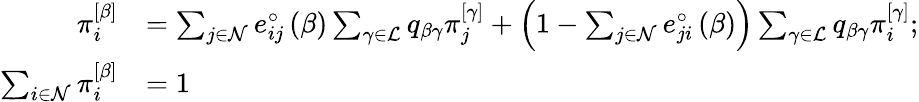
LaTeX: \begin{array}{rl}{\pi_{i}^{\left[\beta\right]}}&{=\sum_{j\in\mathcal{N}}e_{ij}^{\circ}\left(\beta\right)\sum_{\gamma\in\mathcal{L}}q_{\beta\gamma}\pi_{j}^{\left[\gamma\right]}+\left(1-\sum_{j\in\mathcal{N}}e_{ji}^{\circ}\left(\beta\right)\right)\sum_{\gamma\in\mathcal{L}}q_{\beta\gamma}\pi_{i}^{\left[\gamma\right]};}\\ {\sum_{i\in\mathcal{N}}\pi_{i}^{\left[\beta\right]}}&{=1}\end{array}